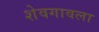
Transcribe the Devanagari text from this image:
शेवगावला